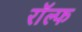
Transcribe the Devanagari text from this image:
राॅल्फ